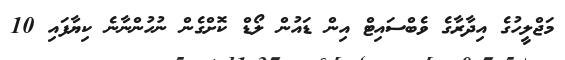
މަޖްލީހުގެ އިދާރާގެ ވެބްސައިޓް އިން ޑައުން ލޯޑް ކޮށްގެން ނުހުންނާނެ ކިޔާފައި 10